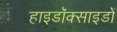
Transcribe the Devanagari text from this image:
हाइडॉक्साइडों